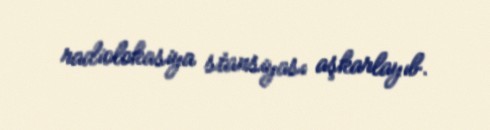
radiolokasiya stansiyası aşkarlayıb.